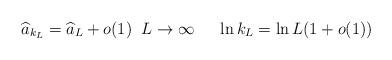
LaTeX: \begin{align*}\widehat{a}_{k_L} = \widehat{a}_{L} + o(1) \;\; L \to \infty \;\;\; \;\; \ln k_L = \ln L (1+ o(1))\end{align*}